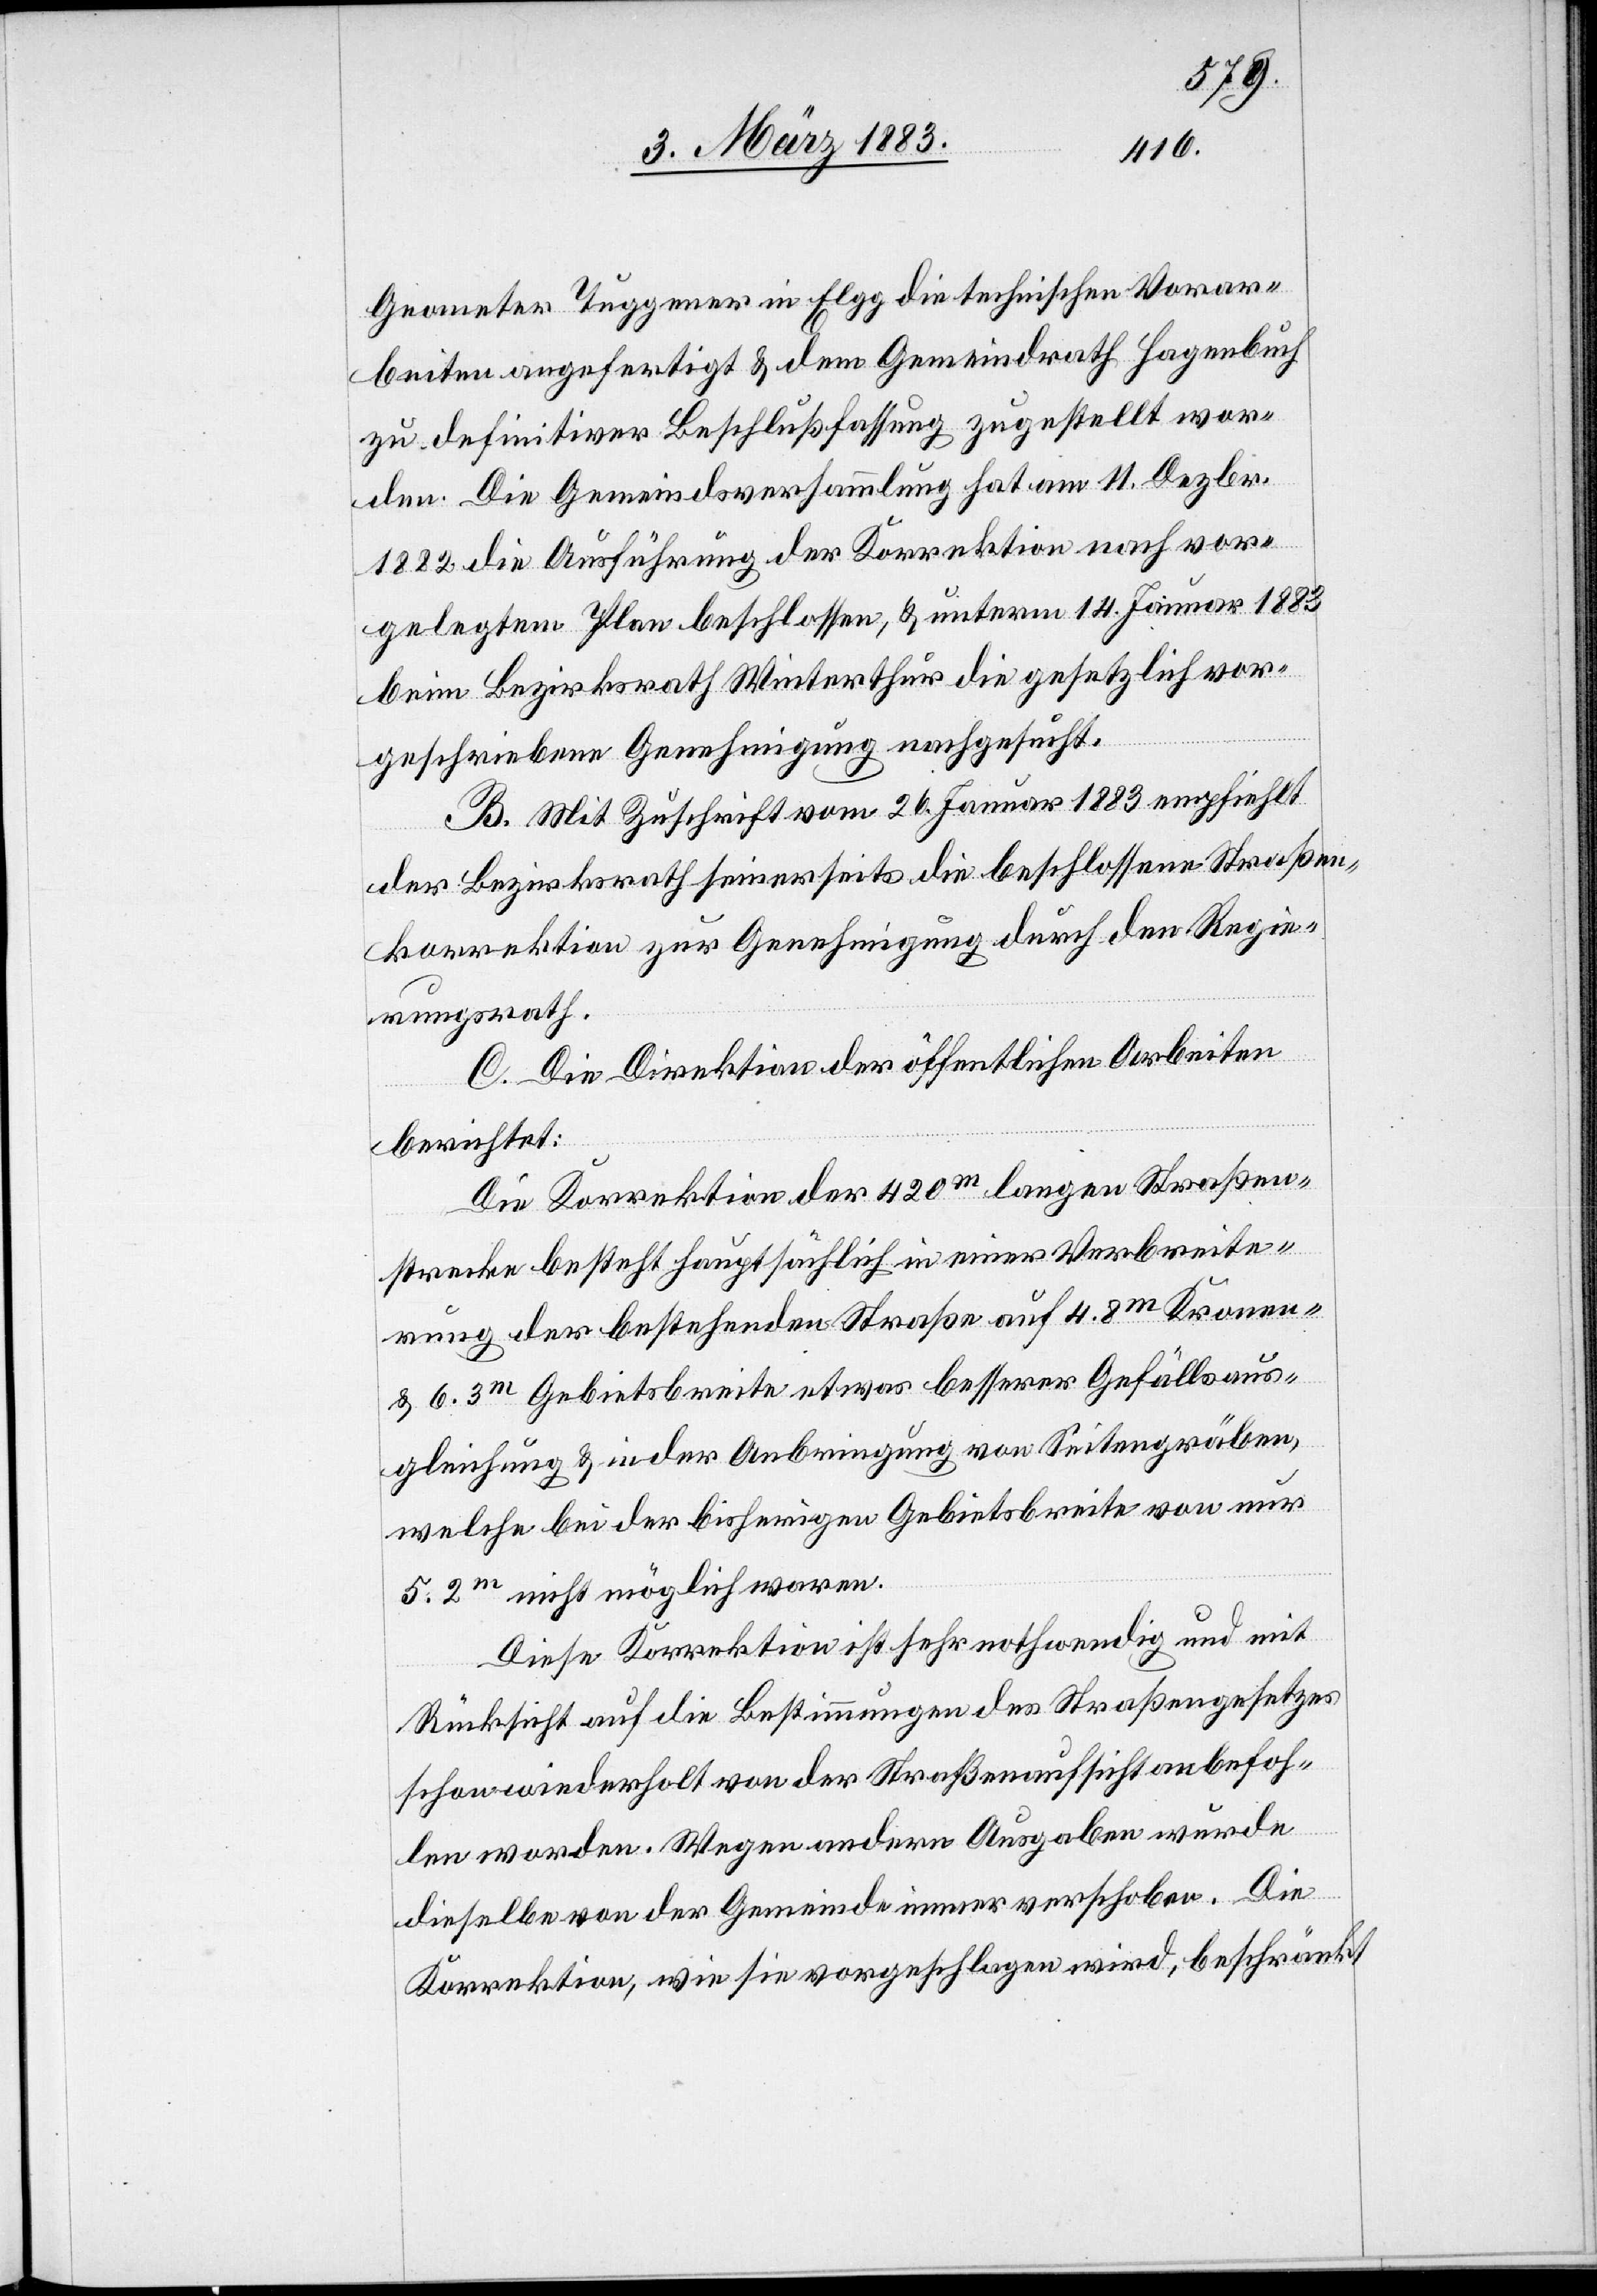
Geometer Tuggener in Elgg die technischen Vorar¬
beiten angefertigt & dem Gemeindrath Hagenbuch
zu definitiver Beschlußfassung zugestellt wor¬
den. Die Gemeindsversammlung hat am 11. Dezbr.
1882 die Ausführung der Korrektion nach vor¬
gelegtem Plane beschlossen, & unterm 14. Januar 1883
beim Bezirksrath Winterthur die gesetzlich vor¬
geschriebene Genehmigung nachgesucht.
B. Mit Zuschrift vom 26. Januar 1883 empfiehlt
der Bezirksrath seinerseits die beschlossene Straßen¬
korrektion zur Genehmigung durch den Regie¬
rungsrath.
C. Die Direktion der öffentlichen Arbeiten
berichtet:
Die Korrektion der 420m langen Straßen¬
strecke besteht hauptsächlich in einer Verbreite¬
rung der bestehenden Straße auf 4,8m Kronen-
& 6,3m Gebietsbreite etwas besserer Gefällsaus¬
gleichung & in der Anbringung von Seitengräben,
welche bei der bisherigen Gebietsbreite von nur
5,2m nicht möglich waren.
Diese Korrektion ist sehr nothwendig und mit
Rücksicht auf die Bestimmungen des Straßengesetzes
schon wiederholt von der Straßenaufsicht anbefoh¬
len worden. Wegen andern Ausgaben wurde
dieselbe von der Gemeinde immer verschoben. Die
Korrektion, wie sie vorgeschlagen wird, beschränkt